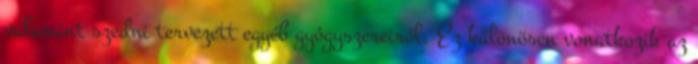
valamint szedni tervezett egyéb gyógyszereiről. Ez különösen vonatkozik az